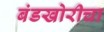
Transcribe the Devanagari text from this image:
बंडखोरीचा